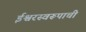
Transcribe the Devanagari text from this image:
ईश्वरस्वरूपाची